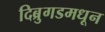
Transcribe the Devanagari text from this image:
दिब्रुगडमधून